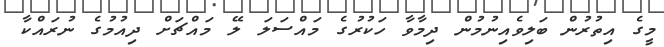
މީގެ އިތުރުން ބަލިވެއިނުމުން ދިމާވާ ހަކުރުގެ މައްސަލަ ލޭ މައްޗަށް ދިއުމުގެ ނުރައްކާ